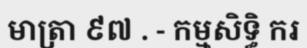
មាត្រា ៩៧ . - កម្មសិទ្ធិ ករ